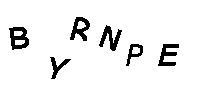
BYRNPE